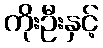
ကိုးဦးနှင့်